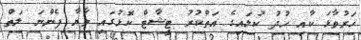
ހަރުވާޅަ ކާއި ހުދު ކުލައިގެ އަތްކުރު ޓީޝާޓް ކޮޅުގައި މާޔާ ފެންނަ ލަތް